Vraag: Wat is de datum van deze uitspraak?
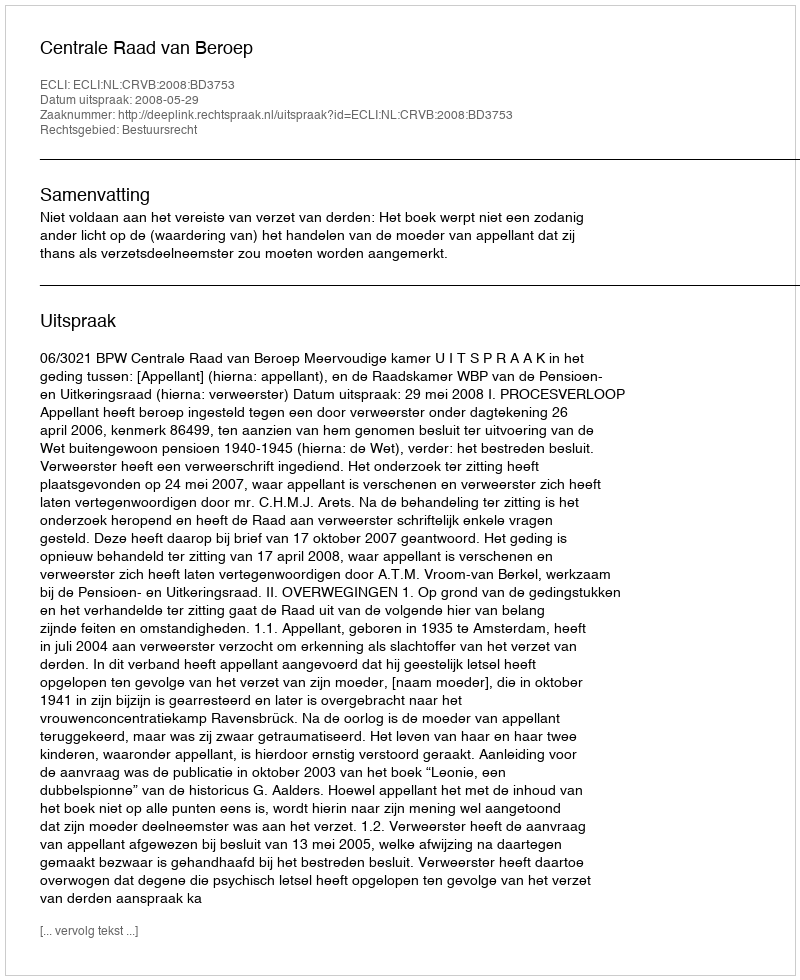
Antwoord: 2008-05-29